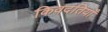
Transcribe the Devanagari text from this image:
किवदंतियाँ